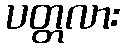
ပတ္တလား